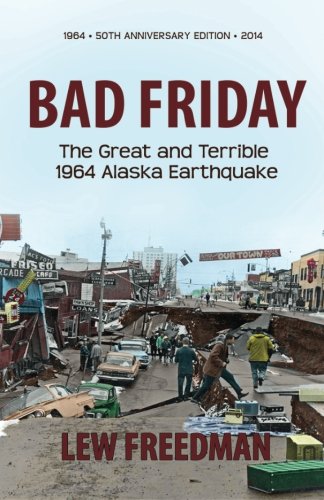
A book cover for Bad Friday: The Great & Terrible 1964 Alaska Earthquake; Lew Freedman; Science & Math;